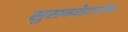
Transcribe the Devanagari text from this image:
सुसक्वेहानोक